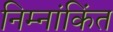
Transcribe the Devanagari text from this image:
निम्नांकिंत